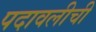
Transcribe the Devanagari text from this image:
पदावलीची